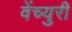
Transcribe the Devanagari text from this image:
वेंच्युरी